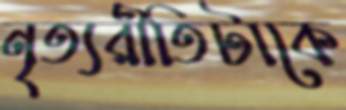
নৃত্যরীতিটাকে